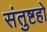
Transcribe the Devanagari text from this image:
संतुष्टहो